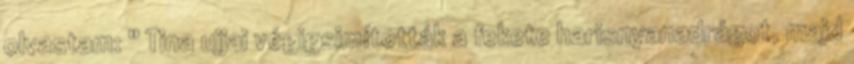
olvastam: " Tina ujjai végigsimították a fekete harisnyanadrágot, majd